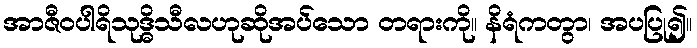
အာဇီဝပါရိသုဒ္ဓိသီလဟုဆိုအပ်သော တရားကို။ နိရံကတွာ၊ အပပြု၍။